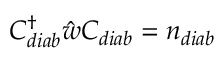
C _ { d i a b } ^ { \dagger } \hat { w } C _ { d i a b } = n _ { d i a b }